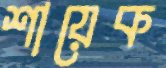
শায়েক